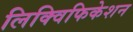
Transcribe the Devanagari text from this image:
लिक्विफिकेशन